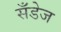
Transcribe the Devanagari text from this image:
सँडेज